Voisiku_vallavalitsus, lk 424
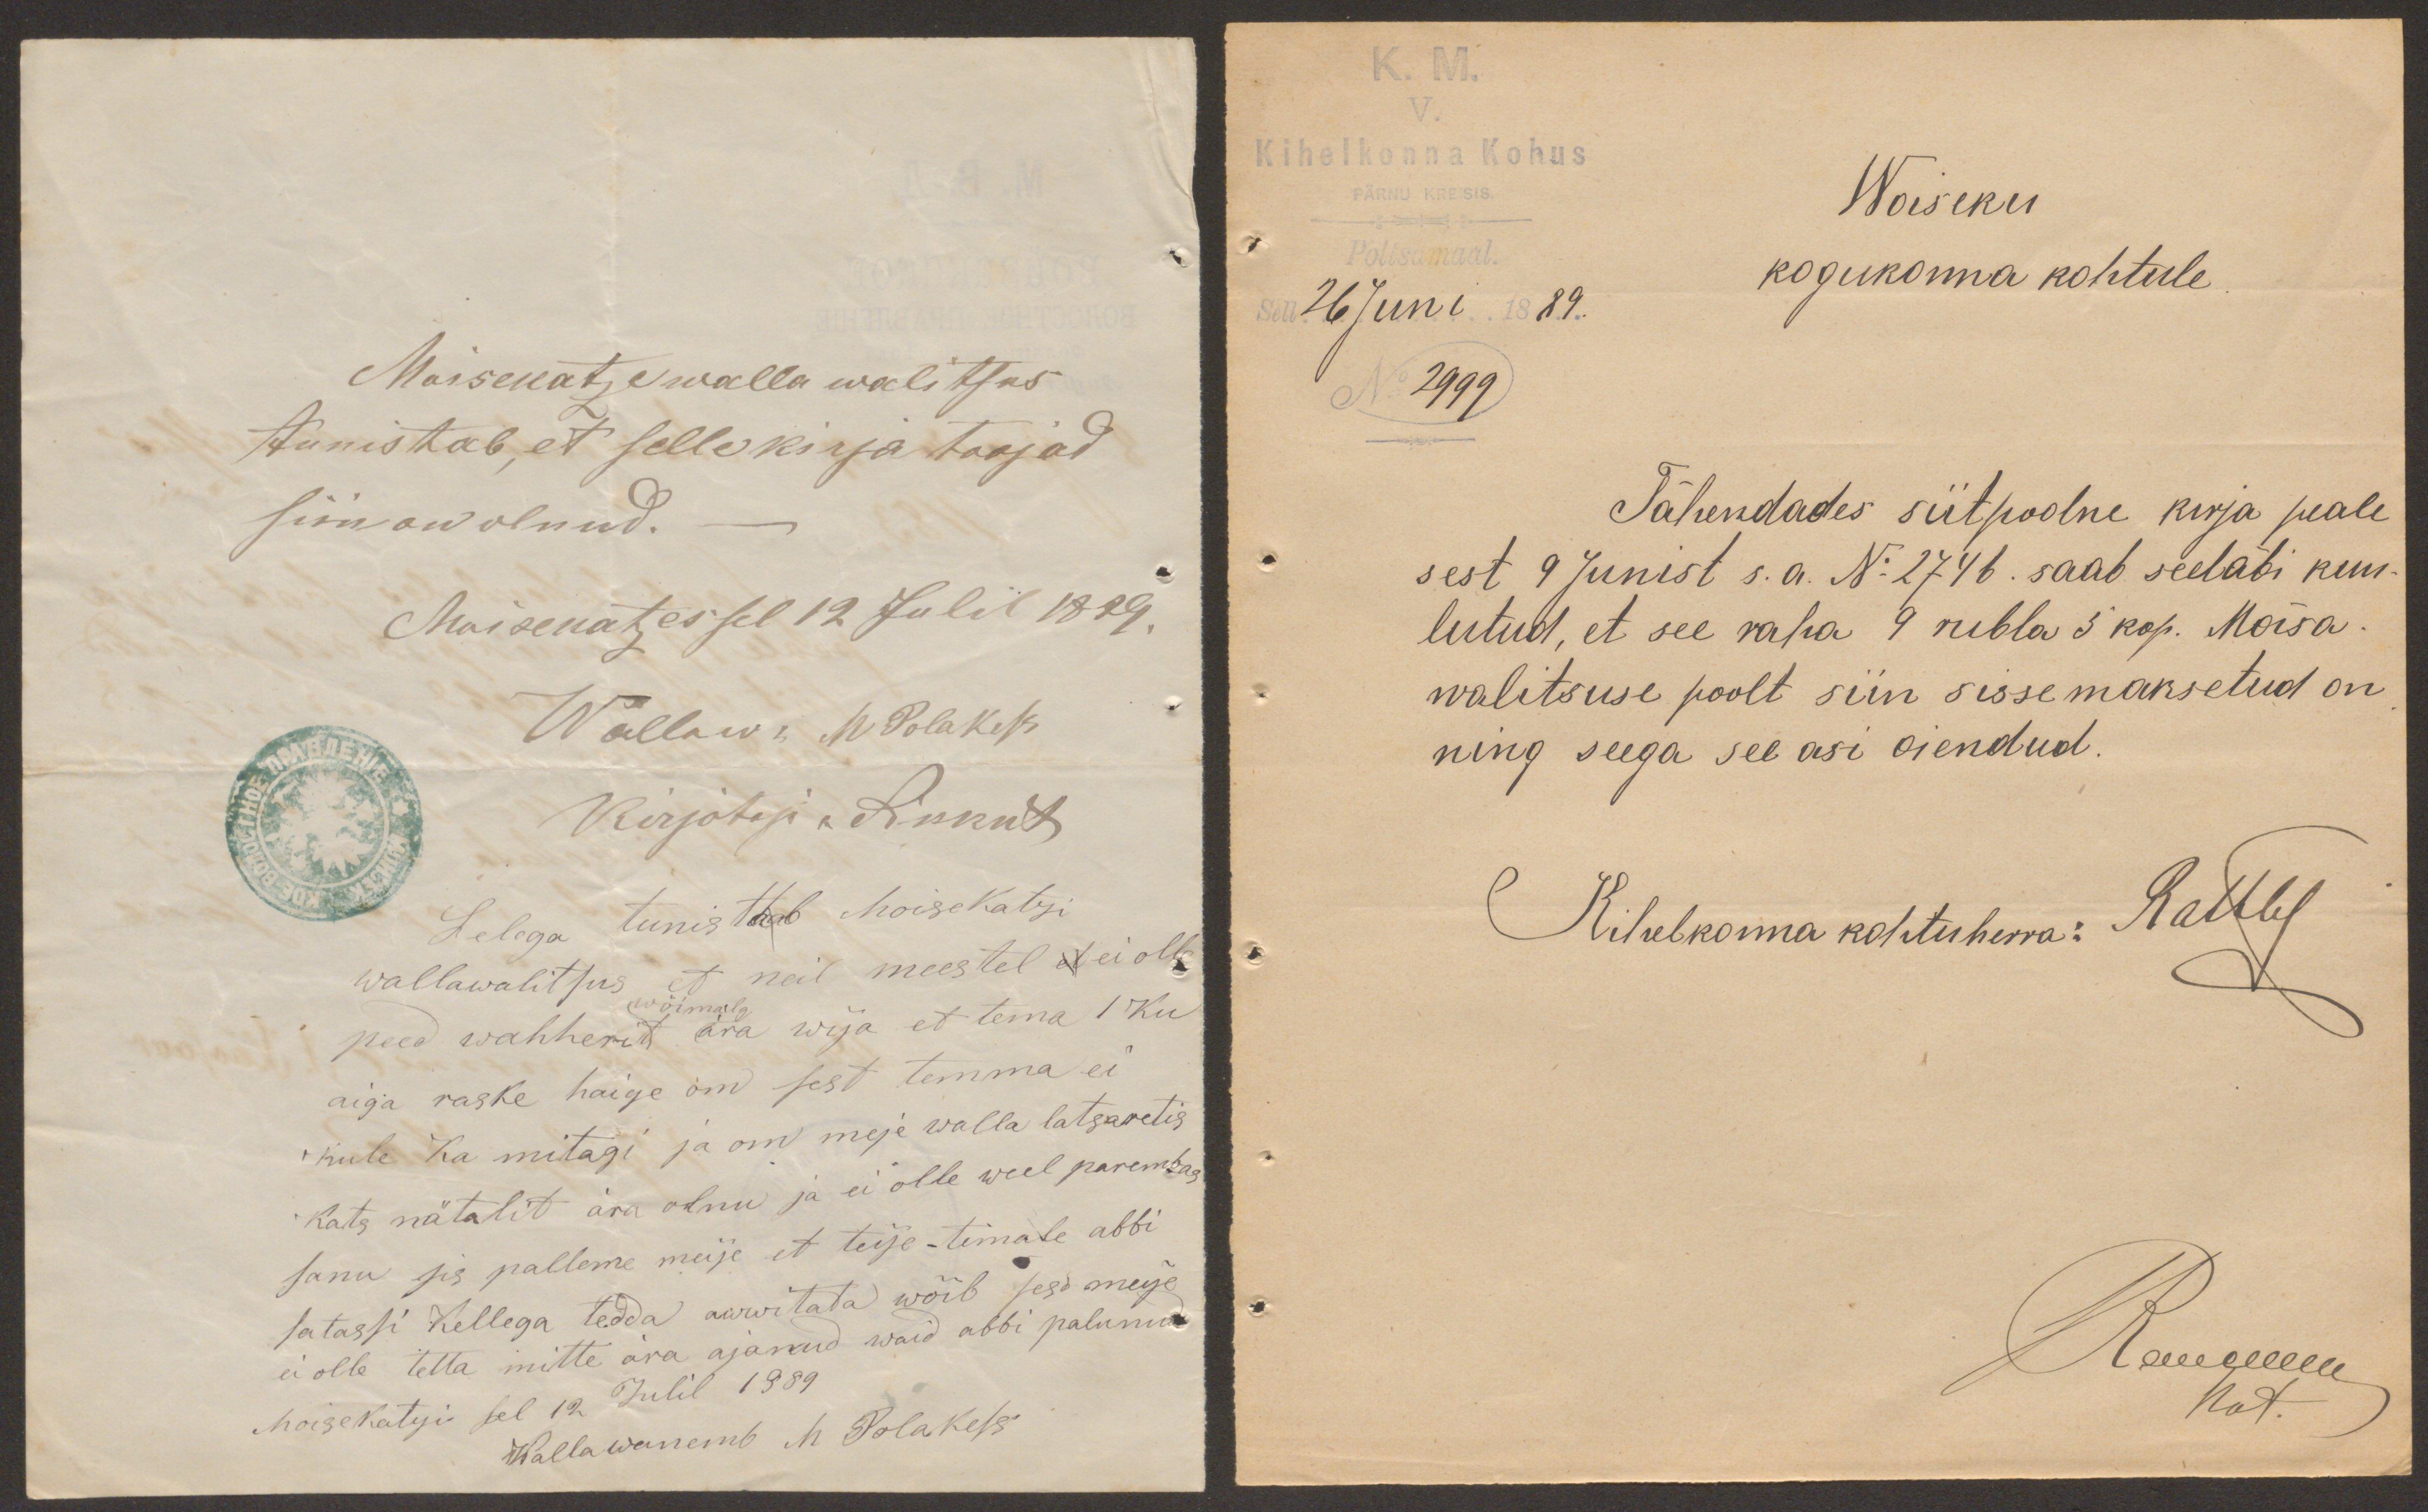
Moisekatze walla walitsus
tunistab, et selle kirja toojad
siin on olnud.
Moisekatzes sel 12 Julil 1889.
Wallaw: M Polakese
Kirjotaja Sikkut
Selega tunisttab Moisekatzi
wallawalitsus, et neil meestel et ei olle
peed wahherit ära wija et tema 1 Ku
wõimata
aiga raske haige om sest temma ei
kule Ka mitagi ja om meje walla latsaretis
Kats nätalit ära olnu ja ei olle weel parembas
sanu sis palleme meije et teije-timate abbi
ei olle tetta mitte ära ajanud waid abbi palunud
satassi kellega tedda awwitata wõib sest meije
Moisekatzis sel 12 Julil 1889
Wallawanemb M Polakess

K.M.
Kihelkonna Kohus
Woiseku
Sel 26 Juni 1889.
kogukonna kohtule.
2999
Tähendades siitpoolne kirja peale
sest 9 Junist s.a. No 2746. saab seeläbi kuu-
lutud, et see raha 9 rubla 5 kop. Mõisa
walitsuse poolt siin sisse maksetud on
ning seega see asi oiendud.
Kihelkonna kohtuherra: Rathby
Aeregevere
Nat.